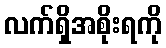
လက်ရှိအစိုးရကို